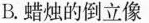
B.蜡烛的倒立像